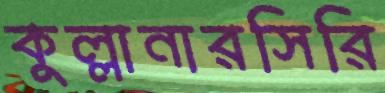
কুল্লানারসিরি